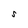
Character: S